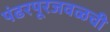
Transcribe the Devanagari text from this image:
पंढरपूरजवळची